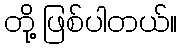
တို့ ဖြစ်ပါတယ်။